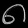
Digit: ၈